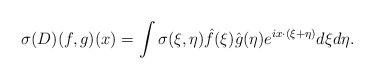
LaTeX: \begin{align*}\sigma(D)(f,g)(x)= \int \sigma(\xi,\eta) \hat f(\xi) \hat g(\eta) e^{i x \cdot (\xi+\eta)} d\xi d\eta.\end{align*}